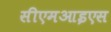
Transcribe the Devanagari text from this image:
सीएमआइएस